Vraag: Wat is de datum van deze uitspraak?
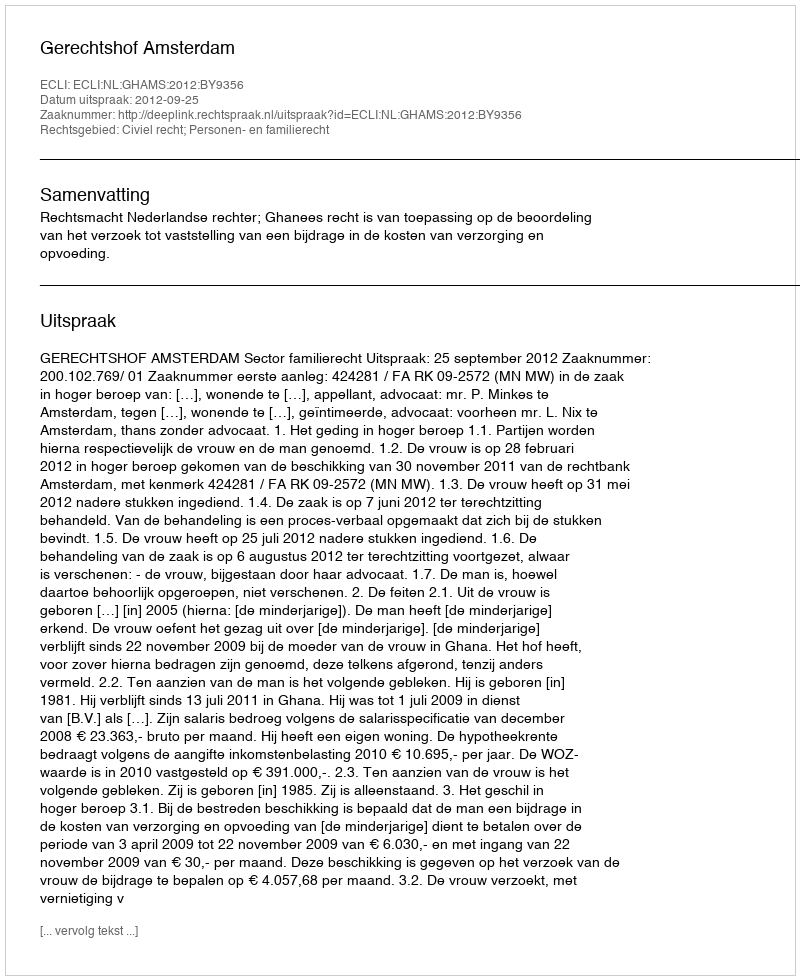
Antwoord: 2012-09-25